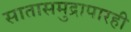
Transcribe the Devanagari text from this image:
सातासमुद्रापारही